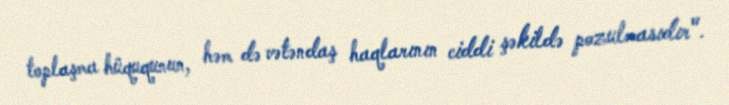
toplaşma hüququnun, həm də vətəndaş haqlarının ciddi şəkildə pozulmasıdır".